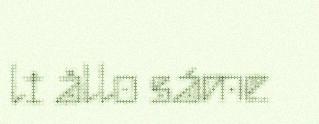
li ållo sáme